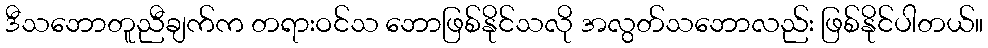
ဒီသဘောတူညီချက်က တရားဝင်သ ဘောဖြစ်နိုင်သလို အလွတ်သဘောလည်း ဖြစ်နိုင်ပါတယ်။